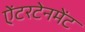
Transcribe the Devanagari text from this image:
ऐंटरटेनमेंट